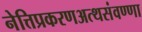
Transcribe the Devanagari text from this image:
नेत्तिप्रकरणअत्थसंवण्णा